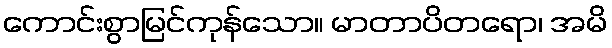
ကောင်းစွာမြင်ကုန်သော။ မာတာပိတရော၊ အမိ